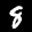
Label: 8